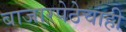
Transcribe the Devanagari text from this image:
बाजारपेठेचाही